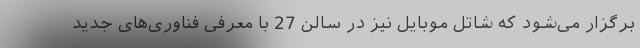
برگزار می‌شود که شاتل موبایل نیز در سالن 27 با معرفی فناوری‌های جدید